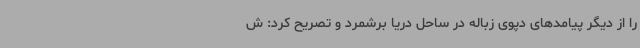
را از دیگر پیامدهای دپوی زباله در ساحل دریا برشمرد و تصریح کرد: ش